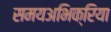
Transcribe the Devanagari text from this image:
समयअभिक्रिया